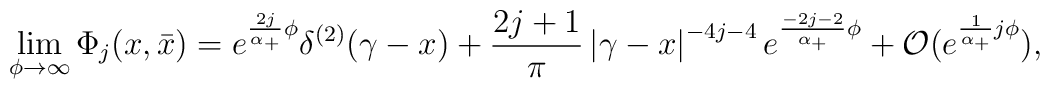
\lim_{\phi \rightarrow \infty }\Phi _j(x,\bar x)=e^{\frac{2j}{\alpha_{+}}\phi }\delta ^{(2)}(\gamma -x)+\frac {2j+1}{\pi} \left| \gamma-x\right| ^{-4j-4}e^{\frac{-2j-2}{\alpha _{+}}\phi }+{\cal O}(e^{\frac1{\alpha _{+}}j\phi }),